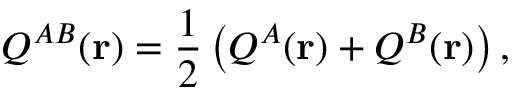
Q ^ { A B } ( \mathbf { r } ) = \frac { 1 } { 2 } \left( Q ^ { A } ( \mathbf { r } ) + Q ^ { B } ( \mathbf { r } ) \right) ,